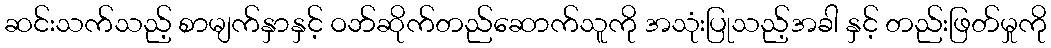
ဆင်းသက်သည့် စာမျက်နှာနှင့် ဝဘ်ဆိုက်တည်ဆောက်သူကို အသုံးပြုသည့်အခါ နှင့် တည်းဖြတ်မှုကို